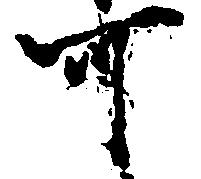
可